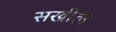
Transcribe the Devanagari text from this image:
सखील